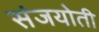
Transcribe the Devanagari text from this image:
संजयोती